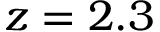
z = 2 . 3